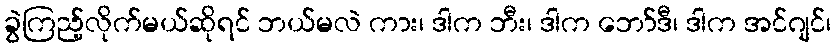
ခွဲကြည့်လိုက်မယ်ဆိုရင် ဘယ်မလဲ ကား၊ ဒါက ဘီး၊ ဒါက ဘော်ဒီ၊ ဒါက အင်ဂျင်၊